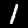
Label: 1